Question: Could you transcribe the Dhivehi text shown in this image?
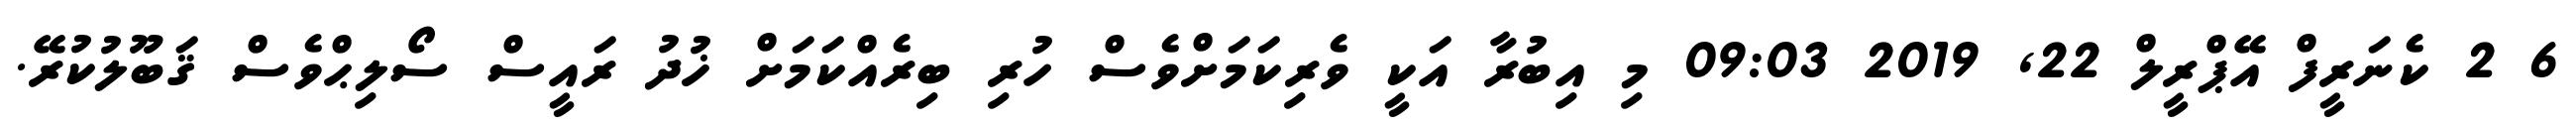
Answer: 6 2 ކެނަރީފް އޭޕްރީލް 22, 2019 09:03 މި އިބުރާ އަކީ ވެރިކަމަށްވެސް ހުރި ބިރެއްކަމަށް ޚުދު ރައީސް ސޯލިޙްވެސް ޤަބޫލުކުރޭ.